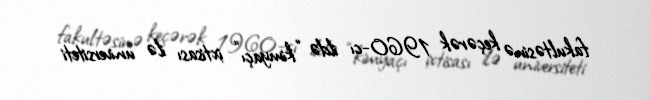
fakultəsinə keçərək 1960-cı ildə “kimyaçı” ixtisası ilə universiteti